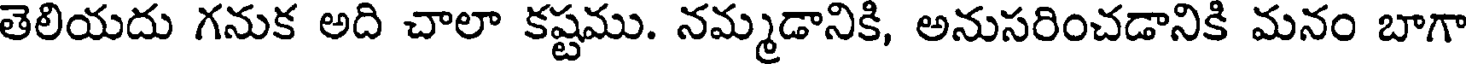
తెలియదు గనుక అది చాలా కష్టము. నమ్మడానికి, అనుసరించడానికి మనం బాగా